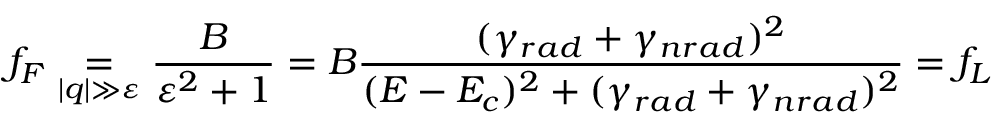
f _ { F } \underset { | q | \gg \varepsilon } = \frac { B } { \varepsilon ^ { 2 } + 1 } = B \frac { ( \gamma _ { r a d } + \gamma _ { n r a d } ) ^ { 2 } } { ( E - E _ { c } ) ^ { 2 } + ( \gamma _ { r a d } + \gamma _ { n r a d } ) ^ { 2 } } = f _ { L }